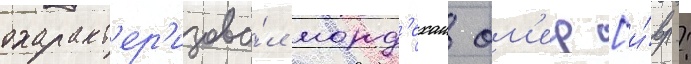
охаракт'ер'изова́л морд'ехаи ом'ер [и́вр.: